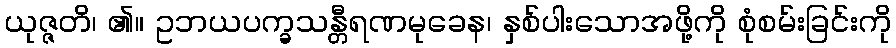
ယုဇ္ဇတိ၊ ၏။ ဥဘယပက္ခသန္တီရဏမုခေန၊ နှစ်ပါးသောအဖို့ကို စုံစမ်းခြင်းကို